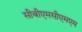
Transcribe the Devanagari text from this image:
सीबीएमसीएमएम